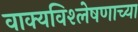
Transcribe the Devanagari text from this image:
वाक्यविश्लेषणाच्या